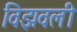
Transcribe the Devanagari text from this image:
विझवली